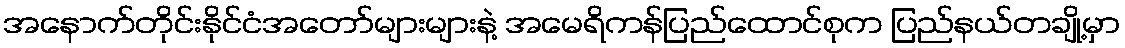
အနောက်တိုင်းနိုင်ငံအတော်များများနဲ့ အမေရိကန်ပြည်ထောင်စုက ပြည်နယ်တချို့မှာ